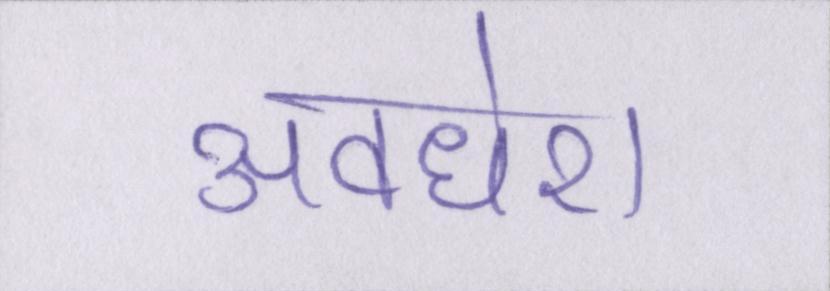
अवधेश